Report on the working of the Ranchi Indian Mental Hospital, Kanke, in Bihar and Orissa - 1930-1940
Year: 1930
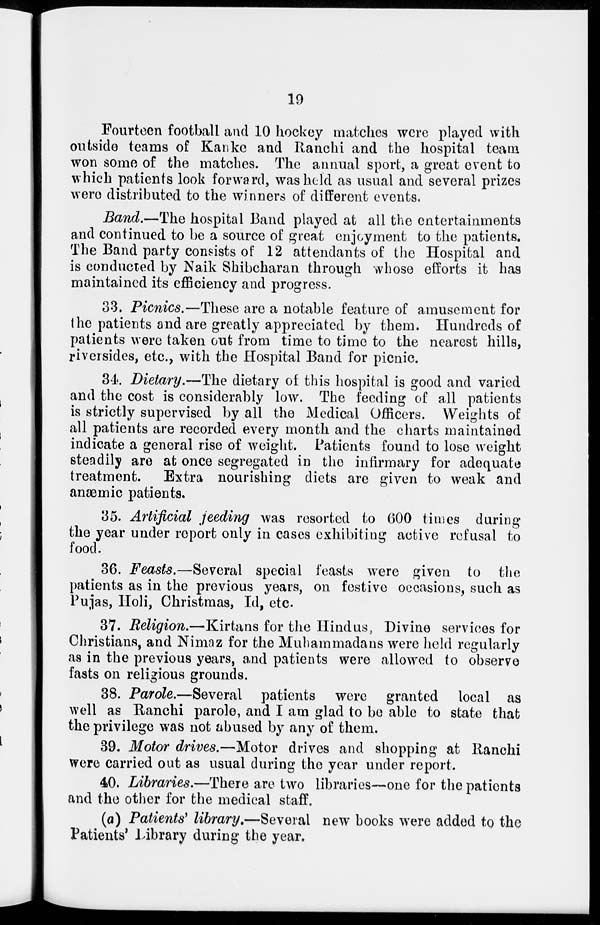
19
Fourteen football and 10 hockey matches were played with
outside teams of Kanke and Ranchi and the hospital team
won some of the matches. The annual sport, a great event to
which patients look forward, was held as usual and several prizes
were distributed to the winners of different events.
Band.—The hospital Band played at all the entertainments
and continued to be a source of great enjoyment to the patients.
The Band party consists of 12 attendants of the Hospital and
is conducted by Naik Shibcharan through whose efforts it has
maintained its efficiency and progress.
33. Picnics.—These are a notable feature of amusement for
the patients and are greatly appreciated by them. Hundreds of
patients were taken out from time to time to the nearest hills,
riversides, etc., with the Hospital Band for picnic.
34. Dietary.—The dietary of this hospital is good and varied
and the cost is considerably low. The feeding of all patients
is strictly supervised by all the Medical Officers. Weights of
all patients are recorded every month and the charts maintained
indicate a general rise of weight. Patients found to lose weight
steadily are at once segregated in the infirmary for adequate
treatment. Extra nourishing diets are given to weak and
anæmic patients.
35. Artificial feeding was resorted to 600 times during
the year under report only in cases exhibiting active refusal to
food.
36. Feasts.—Several special feasts were given to the
patients as in the previous years, on festive occasions, such as
Pujas, Holi, Christmas, Id, etc.
37. Religion.—Kirtans for the Hindus, Divine services for
Christians, and Nimaz for the Muhammadans were held regularly
as in the previous years, and patients were allowed to observe
fasts on religious grounds.
38. Parole.—Several patients were granted local as
well as Ranchi parole, and I am glad to be able to state that
the privilege was not abused by any of them.
39. Motor drives.—Motor drives and shopping at Ranchi
were carried out as usual during the year under report.
40. Libraries.—There are two libraries—one for the patients
and the other for the medical staff.
(a) Patients' library.—Several new books were added to the
Patients' Library during the year.